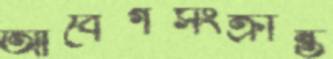
আবেগসংক্রান্ত